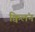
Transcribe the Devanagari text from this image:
क्विलंन